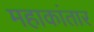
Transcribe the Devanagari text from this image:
महाकांतार